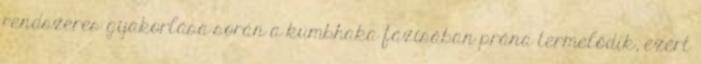
rendszeres gyakorlása során a kumbhaka fázisában prána termelődik, ezért